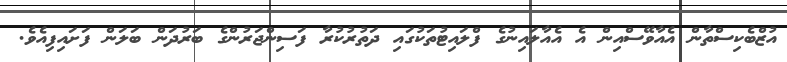
އުޒްބެކިސްތާން އެއާވޭސްއިން އެ އެއާލައިނުގެ ފްލައިޓުތަކުގައި ދަތުރުކުރާ ފަސިންޖަރުންގެ ބަރުދަން ބަލަން ފަށައިފިއެވެ.